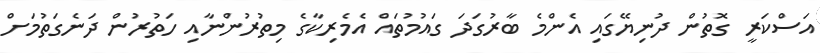
އަސްކަރީ ގޮތުން ދުނިޔޭގައި އެންމެ ބާރުގަދަ ގައުމުތައް އެމެރިކާގެ މިތުރުންނާއި ހަތުރުން ދަނެގަތުމަށް